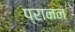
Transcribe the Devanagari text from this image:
प्रानन